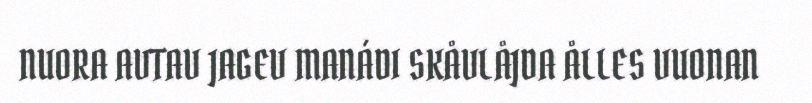
NUORA AVTAV JAGEV MANÁDI SKÅVLÅJDA ÅLLES VUONAN